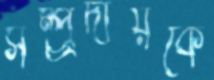
সম্প্র্রদায়কে